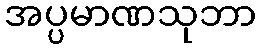
အပ္ပမာဏသုဘာ